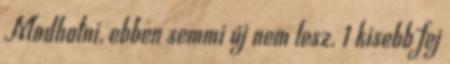
Modhatni, ebben semmi új nem lesz. 1 kisebb fej